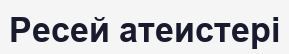
Ресей атеистері